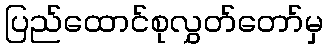
ပြည်ထောင်စုလွှတ်တော်မှ